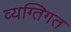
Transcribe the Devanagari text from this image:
व्यग्तिगत